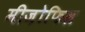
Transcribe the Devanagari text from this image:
मीज़ोफिल